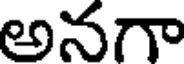
అనగా